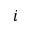
i